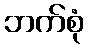
ဘက်စုံ